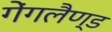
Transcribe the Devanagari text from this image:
गेंगलैण्ड